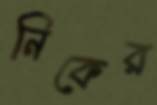
নিকের